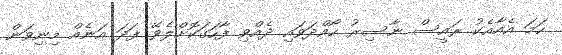
ހަމަ އެއާއެކު ރައީސް ނާސިރު ހޯއްދަވައި ދެއްވި ފާހަގަކޮށްލެވޭ ފަދަ އަނެއް މިނިވަން